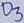
Text: D3